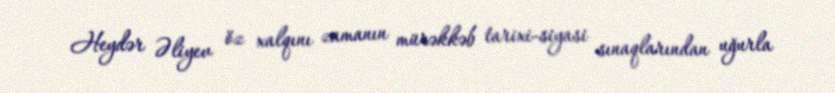
Heydər Əliyev öz xalqını zamanın mürəkkəb tarixi-siyasi sınaqlarından uğurla